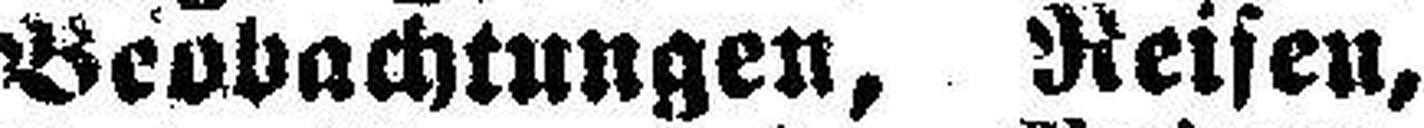
Beobachtungen, Reisen,